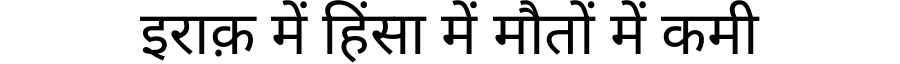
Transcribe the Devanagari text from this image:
इराक़ में हिंसा में मौतों में कमी